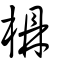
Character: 檙